Scientific memoirs by medical officers of the Army of India - Part V,
Year: 1890
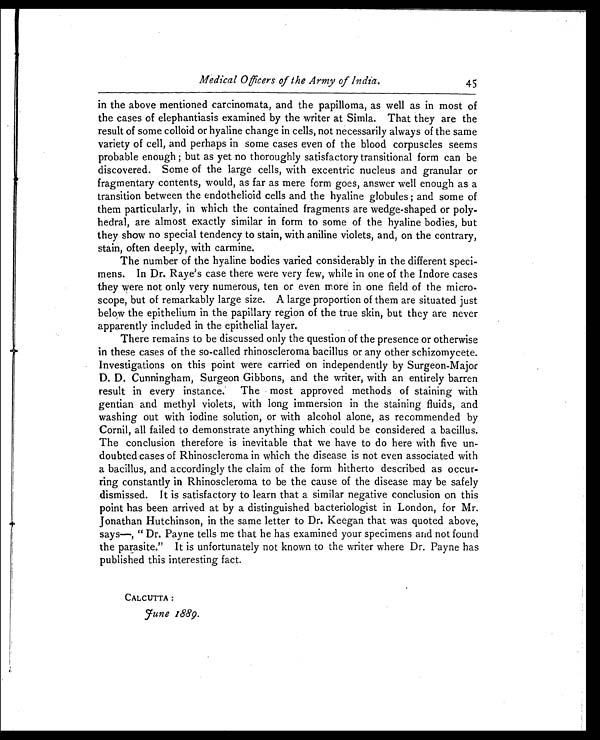
Medical Officers of the Army of India.
45
in the above mentioned carcinomata, and the papilloma, as well as in most of
the cases of elephantiasis examined by the writer at Simla. That they are the
result of some colloid or hyaline change in cells, not necessarily always of the same
variety of cell, and perhaps in some cases even of the blood corpuscles seems
probable enough; but as yet no thoroughly satisfactory transitional form can be
discovered. Some of the large cells, with excentric nucleus and granular or
fragmentary contents, would, as far as mere form goes, answer well enough as a
transition between the endothelioid cells and the hyaline globules; and some of
them particularly, in which the contained fragments are wedge-shaped or poly
- h e d r a l , a r e a l m o s t e x a c t l y s i m i l a r i n f o r m t o s o m e o f t h e h y a l i n e b o d i e s , b u t
they show no special tendency to stain, with aniline violets, and, on the contrary,
stain, often deeply, with carmine.
The number of the hyaline bodies varied considerably in the different speci
-mens. In Dr. Raye's case there were very few, while in one of the Indore cases
they were not only very numerous, ten or even more in one field of the micro
-scope, but of remarkably large size. A large proportion of them are situated just
below the epithelium in the papillary region of the true skin, but they are never
apparently included in the epithelial layer.
There remains to be discussed only the question of the presence or otherwise
in these cases of the so-called rhinoscleroma bacillus or any other schizomycete.
Investigations on this point were carried on independently by Surgeon-Major
D. D. Cunningham, Surgeon Gibbons, and the writer, with an entirely barren
result in every instance. The most approved methods of staining with
gentian and methyl violets, with long immersion in the staining fluids, and
washing out with iodine solution, or with alcohol alone, as recommended by
Cornil, all failed to demonstrate anything which could be considered a bacillus.
The conclusion therefore is inevitable that we have to do here with five un
-doubted cases of Rhinoscleroma in which the disease is not even associated with
a bacillus, and accordingly the claim of the form hitherto described as occur
-ring constantly in Rhinoscleroma to be the cause of the disease may be safely
dismissed. It is satisfactory to learn that a similar negative conclusion on this
point has been arrived at by a distinguished bacteriologist in London, for Mr.
Jonathan Hutchinson, in the same letter to Dr. Keegan that was quoted above,
says—,"Dr. Payne tells me that he has examined your specimens and not found
the parasite." It is unfortunately not known to the writer where Dr. Payne has
published this interesting fact.
CALCUTTA:
J u n e 1 8 8 9 .